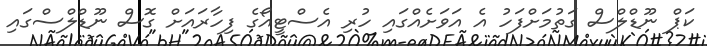
ކަޕް ނޫޑްލްސް ގަތުމަށްފަހު އެ އަވަށެއްގައި ހުރި އެސްޓީއޯގެ ފިހާރައަށް ގޮސް ނޫޑްލްސްގައި